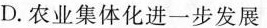
D.农业集体化进一步发展